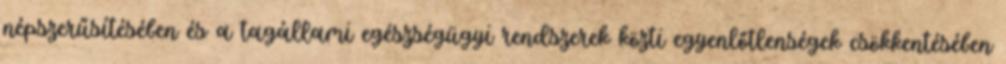
népszerűsítésében és a tagállami egészségügyi rendszerek közti egyenlőtlenségek csökkentésében